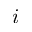
i